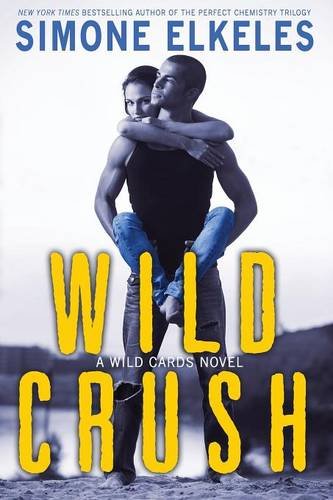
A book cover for Wild Crush (Wild Cards) (Volume 2); Simone Elkeles; Romance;